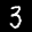
Label: 3